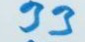
33